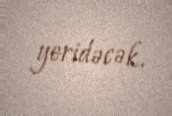
yeridəcək.